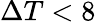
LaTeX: \Delta T<8